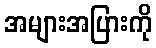
အများအပြားကို